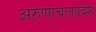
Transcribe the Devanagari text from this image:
अरुणाचलप्रदेश